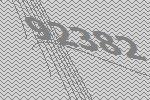
92382